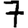
Digit: 7